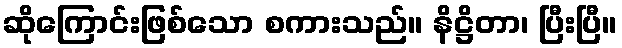
ဆိုကြောင်းဖြစ်သော စကားသည်။ နိဋ္ဌိတာ၊ ပြီးပြီ။